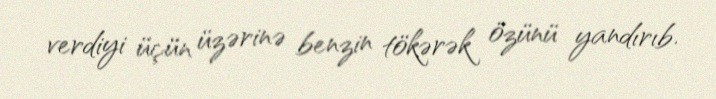
verdiyi üçün üzərinə benzin tökərək özünü yandırıb.